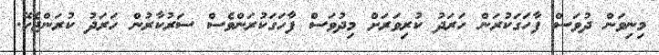
މިނިވަން ދުވަސް ފާހަގަކުރަން ހަރަދު ކުރިވަރަށް މިދުވަސް ފާހަގަކުރަންވެސް ސަރުކާރުން ހަރަދު ކުރަންޖެހޭ.